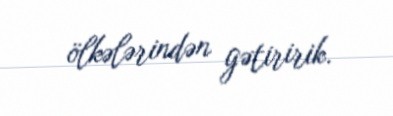
ölkələrindən gətiririk.